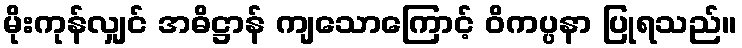
မိုးကုန်လျှင် အဓိဋ္ဌာန် ကျသောကြောင့် ဝိကပ္ပနာ ပြုရသည်။